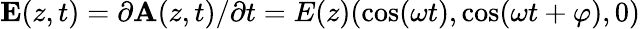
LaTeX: {\mathbf E}(z,t)=\partial{\mathbf A}(z,t)/\partial t=E(z)(\cos(\omega t),\cos(\omega t+\varphi),0)